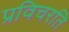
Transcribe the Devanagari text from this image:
प्रविचरति